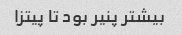
بیشتر پنیر بود تا پیتزا